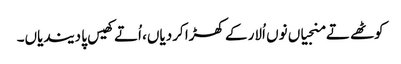
کوٹھے تے منجیاں نوں اُلار کے کھڑا کردیاں، اُتے کھیس پا دیندیاں۔